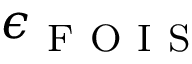
\epsilon _ { \mathrm { ~ F ~ O ~ I ~ S ~ } }